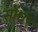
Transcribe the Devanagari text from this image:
सोंधर